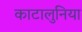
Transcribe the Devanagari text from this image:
काटालुनिया